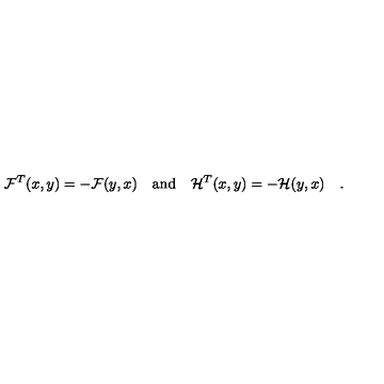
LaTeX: { \cal F } ^ { T } ( x , y ) = - { \cal F } ( y , x ) \quad \mathrm { a n d } \quad { \cal H } ^ { T } ( x , y ) = - { \cal H } ( y , x ) \quad .